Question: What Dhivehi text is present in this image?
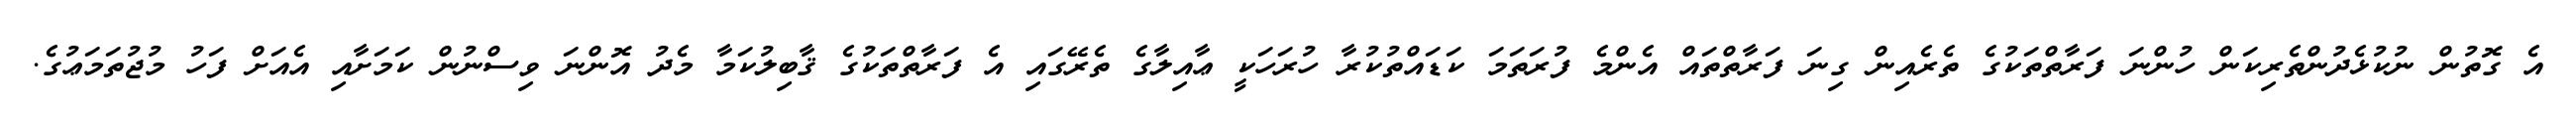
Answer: އެ ގޮތުން ނުކުޅެދުންތެރިކަން ހުންނަ ފަރާތްތަކުގެ ތެރެއިން ގިނަ ފަރާތްތައް އެންމެ ފުރަތަމަ ކަޑައްތުކުރާ ހުރަހަކީ ޢާއިލާގެ ތެރޭގައި އެ ފަރާތްތަކުގެ ޤާބިލުކަމާ މެދު އޮންނަ ވިސްނުން ކަމަށާއި އެއަށް ފަހު މުޖުތަމަޢުގެ.